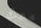
معك